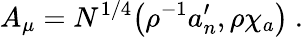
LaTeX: A_{\mu}=N^{1/4}\big(\rho^{-1}a_{n}^{\prime},\rho\chi_{a}\big)\ .